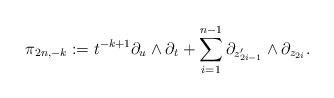
LaTeX: \begin{align*}\pi_{2n,-k} := t^{-k+1}\partial_u \wedge \partial_t + \sum_{i=1}^{n-1} \partial_{z_{2i-1}'} \wedge \partial_{z_{2i}}.\end{align*}